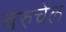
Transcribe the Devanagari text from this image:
बरुचेल